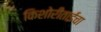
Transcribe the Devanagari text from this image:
किशोरीताईंचा